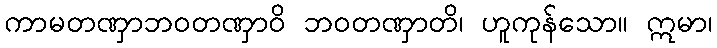
ကာမတဏှာဘဝတဏှာဝိ ဘဝတဏှာတိ၊ ဟူကုန်သော။ ဣမာ၊